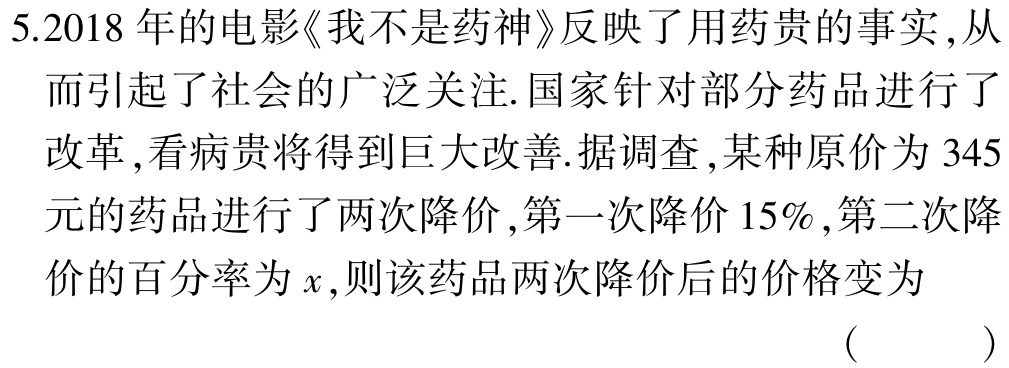
5.2018年的电影《我不是药神》反映了用药贵的事实,从而引起了社会的广泛关注.国家针对部分药品进行了改革,看病贵将得到巨大改善.据调查,某种原价为345元的药品进行了两次降价,第一次降价15%,第二次降价的百分率为\(x\),则该药品两次降价后的价格变为 （  ）